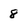
Character: 8